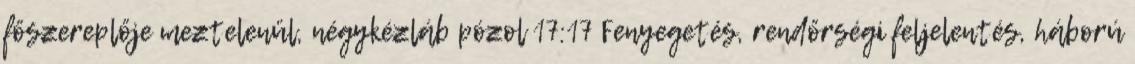
főszereplője meztelenül, négykézláb pózol 17:17 Fenyegetés, rendőrségi feljelentés, háború